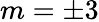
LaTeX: m=\pm 3